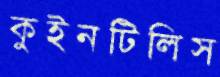
কুইনটিলিস